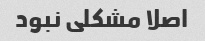
اصلا مشکلی نبود